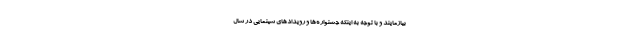
بیازمایند و با توجه به اینکه جشنواره‌ها و رویدادهای سینمایی در سال